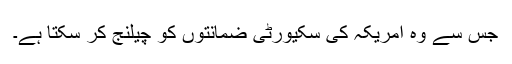
جس سے وہ امریکہ کی سکیورٹی ضمانتوں کو چیلنج کر سکتا ہے۔